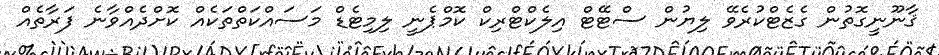
ޤާނޫނީގޮތުން ގެޒެޓްކުރެވޭ ލިޔުން ސްޓޭޓް އިލެކްޓްރިކް ކޮމްޕެނީ ލިމިޓެޑް މަސައްކަތްތަކެއް ކޮށްދެއްވާނެ ފަރާތެއް